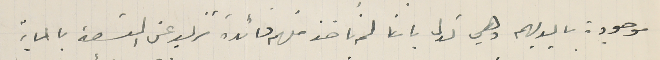
موجودة بايديهم وهي تدل باننا لم ناخذ منهم فائدة تزيد عن التسعة بالماية